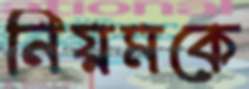
নিয়মকে